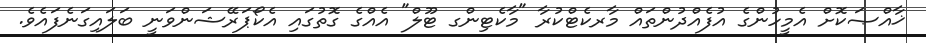
ޚާއްޞަކޮށް އެމީހުންގެ އުފެއްދުންތައް މާރކެޓްކުރާ "މާކެޓިންގ ޓޫލް" އެއްގެ ގޮތުގައި އެކޯޕަރޭޝަންވަނީ ބަލައިގަނެފައެވެ.